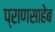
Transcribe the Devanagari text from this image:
प्राणसाहेब